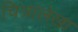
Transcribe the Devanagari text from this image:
चित्रालेखा